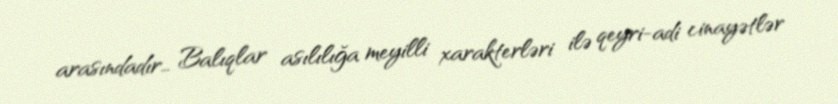
arasındadır… Balıqlar asılılığa meyilli xarakterləri ilə qeyri-adi cinayətlər